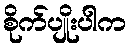
စိုက်ပျိုးပါက